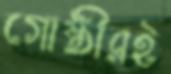
গোষ্ঠীরই